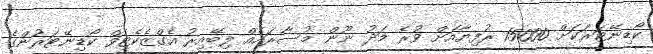
ކޯޑިނޭޓަރަކަށް 15000 ރުފިޔާއަށް ވުރެ މަދު ނޫން މުސާރައެއް ލިބޭއިރު އެގްޒެކެޓިވް ކޯޑިނޭޓަރުންގެ